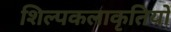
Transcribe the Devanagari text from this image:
शिल्पकलाकृतियों